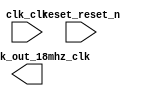

module audio (
	clk_clk,
	reset_reset_n,
	pll_clk_out_18mhz_clk);	

	input		clk_clk;
	input		reset_reset_n;
	output		pll_clk_out_18mhz_clk;
endmodule